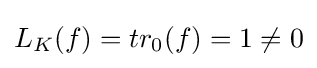
L_{K}(f)=tr_{0}(f)=1\neq 0